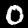
Digit: 0